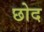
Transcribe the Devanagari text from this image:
छोद